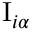
\mathrm { I } _ { i \alpha }